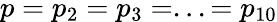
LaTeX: p=p_{2}=p_{3}=...=p_{10}